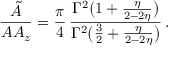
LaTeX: \frac { { \tilde { A } } } { A A _ { z } } = \frac { \pi } { 4 } \, \frac { \Gamma ^ { 2 } \big ( 1 + \frac { \eta } { 2 - 2 \eta } \big ) } { \Gamma ^ { 2 } \big ( \frac { 3 } { 2 } + \frac { \eta } { 2 - 2 \eta } \big ) } \, .